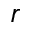
r